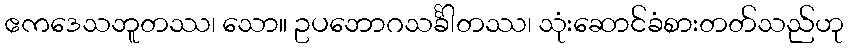
ဧကဒေသဘူတဿ၊ သော။ ဥပဘောဂသင်္ခါတဿ၊ သုံးဆောင်ခံစားတတ်သည်ဟု